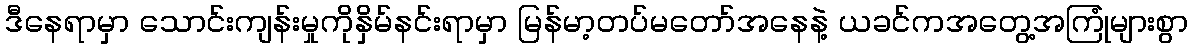
ဒီနေရာမှာ သောင်းကျန်းမှုကိုနှိမ်နင်းရာမှာ မြန်မာ့တပ်မတော်အနေနဲ့ ယခင်ကအတွေ့အကြုံများစွာ